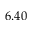
6 . 4 0